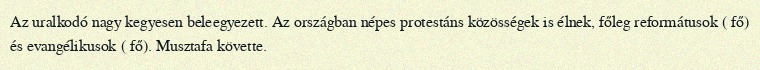
Az uralkodó nagy kegyesen beleegyezett. Az országban népes protestáns közösségek is élnek, főleg reformátusok ( fő) és evangélikusok ( fő). Musztafa követte.